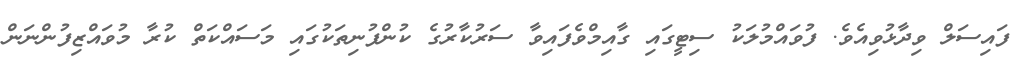
ފައިސަލް ވިދާޅުވިއެވެ. ފުވައްމުލަކު ސިޓީގައި ގާއިމްވެފައިވާ ސަރުކާރުގެ ކުންފުނިތަކުގައި މަސައްކަތް ކުރާ މުވައްޒިފުންނަން